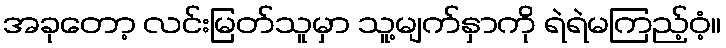
အခုတော့ လင်းမြတ်သူမှာ သူ့မျက်နှာကို ရဲရဲမကြည့်ဝံ့။